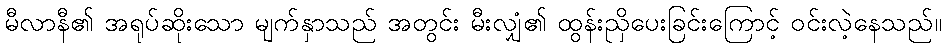
မီလာနီ၏ အရုပ်ဆိုးသော မျက်နှာသည် အတွင်း မီးလျှံ၏ ထွန်းညှိပေးခြင်းကြောင့် ဝင်းလဲ့နေသည်။